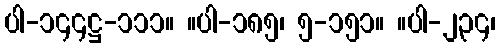
ပါ-၁၄၄ဋ္ဌ-၁၁၁။ ။ပါ-၁၈၅၊ ၅-၁၅၁။ ။ပါ-၂၃၄၊